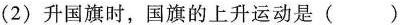
(2) 升国旗时，国旗的上升运动是( )